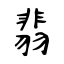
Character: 翡